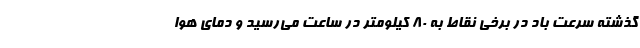
گذشته سرعت باد در برخی نقاط به ۸۰ کیلومتر در ساعت می‌رسید و دمای هوا